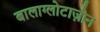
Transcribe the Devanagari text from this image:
बालाग्लोटाज़ोन